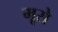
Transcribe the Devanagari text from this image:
मूसे